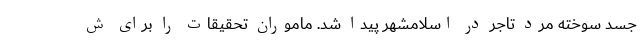
جسد سوخته مرد تاجر در اسلامشهر پیدا شد. ماموران تحقیقات را برای ش